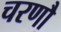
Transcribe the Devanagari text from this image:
चरणौ